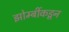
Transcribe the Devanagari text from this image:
झोम्बींकडून